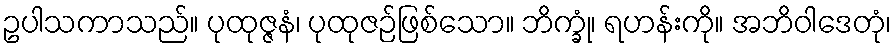
ဥပါသကာသည်။ ပုထုဇ္ဇနံ၊ ပုထုဇဉ်ဖြစ်သော။ ဘိက္ခုံ၊ ရဟန်းကို။ အဘိဝါဒေတုံ၊